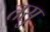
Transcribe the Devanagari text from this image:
तसु